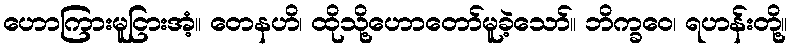
ဟောကြားမူငြားအံ့။ တေနဟိ၊ ထိုသို့ဟောတော်မူခဲ့သော်။ ဘိက္ခဝေ၊ ရဟန်းတို့။